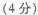
(4分)